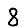
Digit: 8